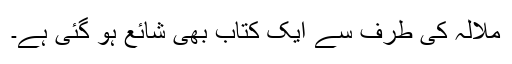
ملالہ کی طرف سے ایک کتاب بھی شائع ہو گئی ہے۔